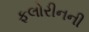
ફલોરીનની